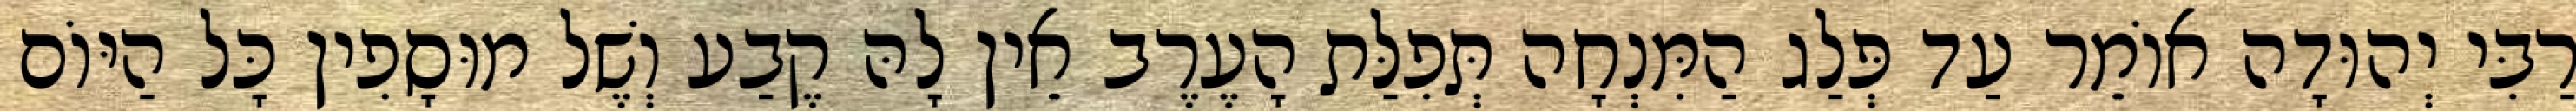
רַבִּי יְהוּדָה אוֹמֵר עַד פְּלַג הַמִּנְחָה תְּפִלַּת הָעֶרֶב אֵין לָהּ קֶבַע וְשֶׁל מוּסָפִין כָּל הַיּוֹם